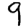
Digit: 9